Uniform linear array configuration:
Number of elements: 4
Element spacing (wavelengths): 1
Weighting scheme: exponential
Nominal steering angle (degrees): -45
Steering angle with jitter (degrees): -45.539
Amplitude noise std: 0.05
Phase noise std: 0.05

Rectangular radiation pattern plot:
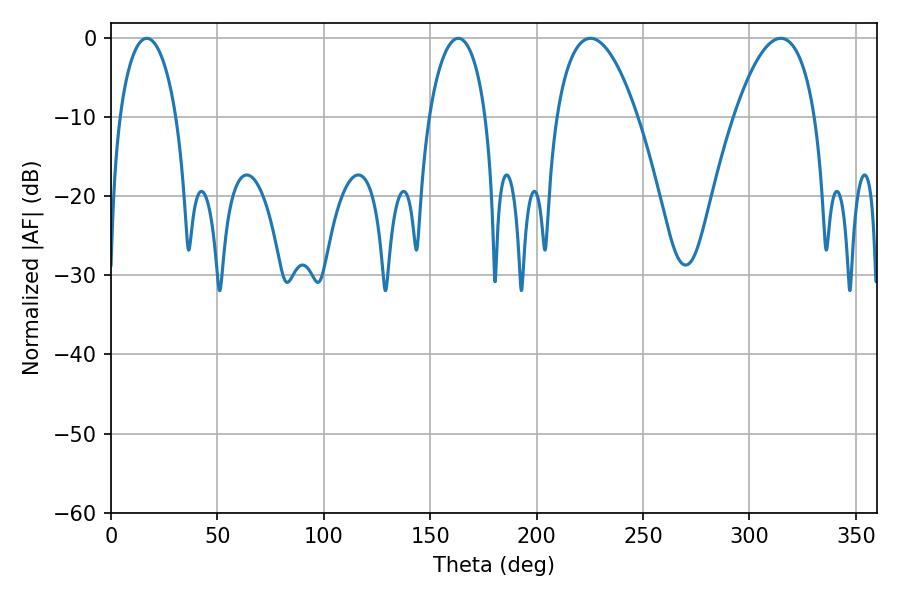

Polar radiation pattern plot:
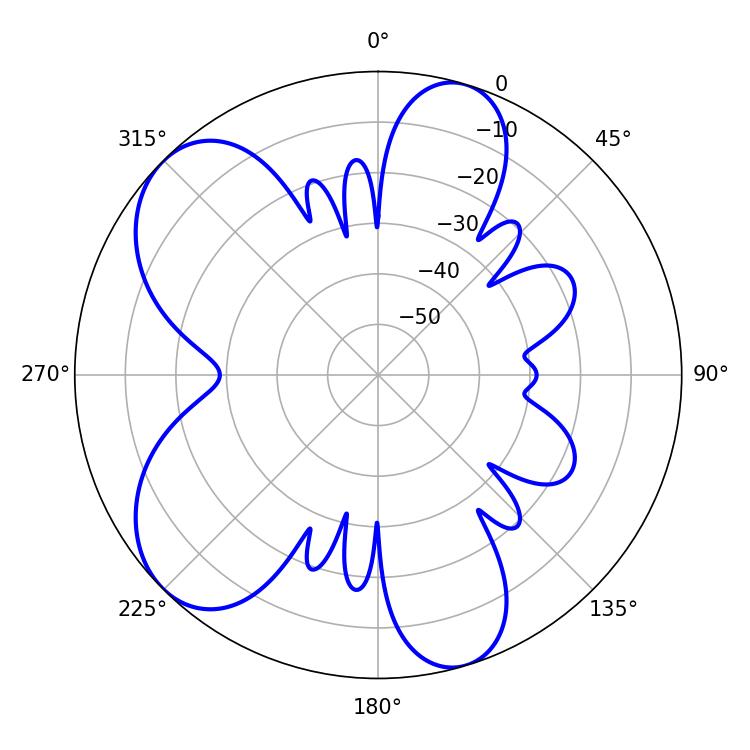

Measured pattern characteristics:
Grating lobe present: TRUE
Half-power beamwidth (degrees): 21.24
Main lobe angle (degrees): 225.36